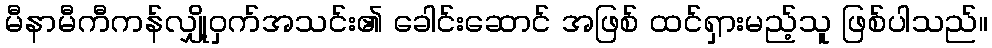
မီနာမီကီကန်လျှို့ဝှက်အသင်း၏ ခေါင်းဆောင် အဖြစ် ထင်ရှားမည့်သူ ဖြစ်ပါသည်။